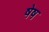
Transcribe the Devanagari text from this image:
षेष